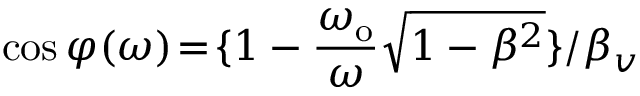
\cos { \varphi ( \omega ) } \! = \! \{ 1 - \frac { \omega _ { \mathrm { o } } } { \omega } \sqrt { 1 - \beta ^ { 2 } } \} / \beta _ { v }